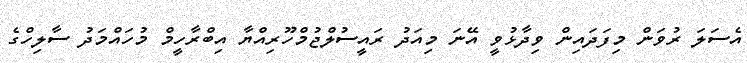
އެސަލަ ރުވަން މިފަދައިން ވިދާޅުވީ އޭނަ މިއަދު ރައީސުލްޖުމްހޫރިއްޔާ އިބްރާހީމް މުހައްމަދު ސާލިހްގެ